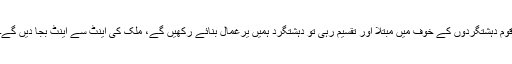
قوم دہشتگردوں کے خوف میں مبتلا اور تقسیم رہی تو دہشتگرد ہمیں یرغمال بنائے رکھیں گے، ملک کی اینٹ سے اینٹ بجا دیں گے۔